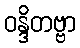
ဝန္ဒိတဗ္ဗာ